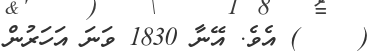
(    ) އެވެ. އޭނާ 1830 ވަނަ އަހަރުން